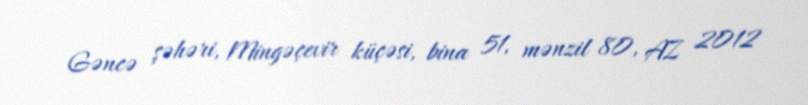
Gəncə şəhəri, Mingəçevir küçəsi, bina 51, mənzil 80, AZ 2012